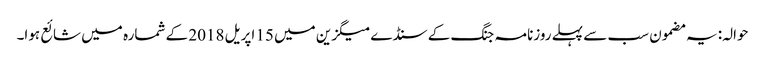
حوالہ: یہ مضمون سب سے پہلے روزنامہ جنگ کے سنڈے میگزین میں 15 اپریل 2018 کے شمارہ میں شائع ہوا۔